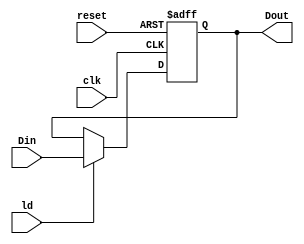
`timescale 1ns / 1ps
//////////////////////////////////////////////////////////////////////////////////
//	
//	Notes:		An 8-bit loadable register.
//////////////////////////////////////////////////////////////////////////////////
module reg8(clk,reset,ld,Din,Dout);
	input clk, reset, ld;
	input [7:0] Din;
	output reg [7:0] Dout;
	
	//behaviorial section for writing to the register
	always @(posedge clk, negedge reset)
		if (!reset)
			Dout <= 16'b0;
		else if(ld)
			Dout <= Din;
		else
			Dout <= Dout;

endmodule